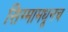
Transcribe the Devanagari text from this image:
सिग्मामधूनच